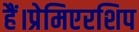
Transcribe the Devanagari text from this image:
हैं।प्रेमिएरशिप